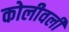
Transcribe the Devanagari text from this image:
कोलीवली